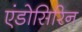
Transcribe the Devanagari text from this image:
एंडोसिरिन